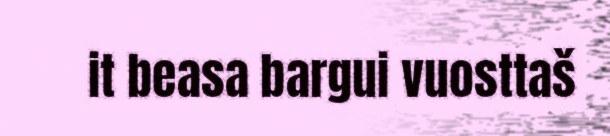
it beasa bargui vuosttaš